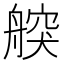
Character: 𦩤